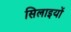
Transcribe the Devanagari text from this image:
सिलाइयों